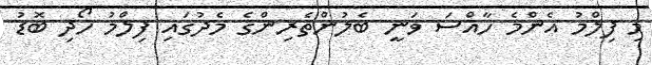
މި ފިލްމު އެންމެ ހާއްސަ ވަނީ ބެލުންތެރިންގެ މެދުގައި ފިލްމު ހޯދި ބޮޑު